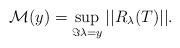
LaTeX: \begin{align*}\mathcal{M}(y)=\sup_{\Im{\lambda}=y}||R_{\lambda}(T)||.\end{align*}